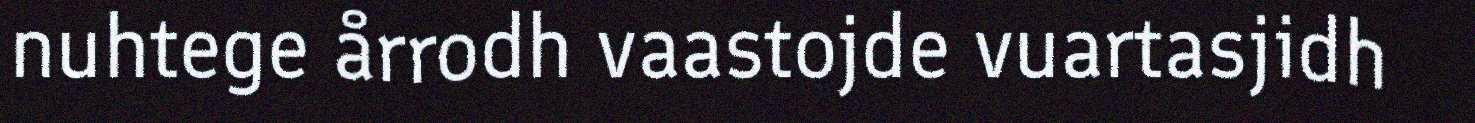
nuhtege årrodh vaastojde vuartasjidh